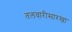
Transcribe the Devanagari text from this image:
तलवारीसारखा